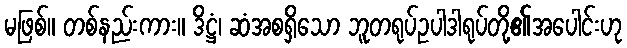
မဖြစ်။ တစ်နည်းကား။ ဒိဋ္ဌံ၊ ဆံအစရှိသော ဘူတရုပ်ဥပါဒါရုပ်တို့၏အပေါင်းဟု